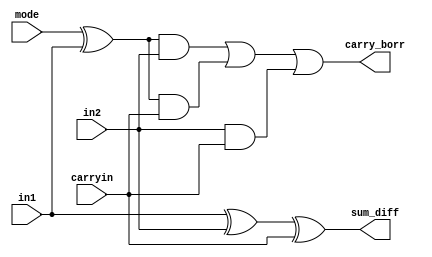
`timescale 1ns / 1ps
//////////////////////////////////////////////////////////////////////////////////
// Company: 
// 
// Design Name: 
// Module Name: full_adder
// Project Name: 
// Target Devices: 
// Tool Versions: 
// Description: 
// 
// Dependencies: 
// 
// Revision:
// Revision 0.01 - File Created
// Additional Comments:
// 
//////////////////////////////////////////////////////////////////////////////////


module full_a_s(
    input in1,
    input in2,
    input mode,
    input carryin,
    output sum_diff,
    output carry_borr
    );
    wire m1;
    assign m1 = mode ^ in1;
    assign sum_diff = in1^in2^carryin;
    assign carry_borr = (m1 & in2) | (m1 & carryin) | (in2 & carryin);
endmodule